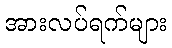
အားလပ်ရက်များ